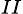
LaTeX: _{II}